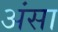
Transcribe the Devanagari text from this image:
अंसा